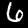
Digit: 6